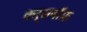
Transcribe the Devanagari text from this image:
कर्सनॉफ़